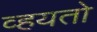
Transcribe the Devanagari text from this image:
व्हयतो